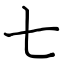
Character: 七